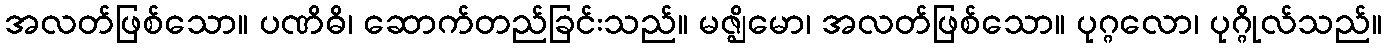
အလတ်ဖြစ်သော။ ပဏိဓိ၊ ဆောက်တည်ခြင်းသည်။ မဇ္ဈိမော၊ အလတ်ဖြစ်သော။ ပုဂ္ဂလော၊ ပုဂ္ဂိုလ်သည်။